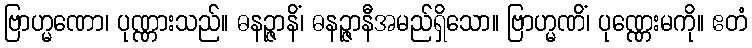
ဗြာဟ္မဏော၊ ပုဏ္ဏားသည်။ ဓနဉ္ဇာနိံ၊ ဓနဉ္ဇာနီအမည်ရှိသော။ ဗြာဟ္မဏိံ၊ ပုဏ္ဏေးမကို။ ဧတံ